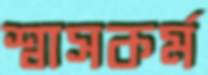
শ্বাসকর্ম